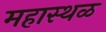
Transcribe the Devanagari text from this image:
महास्थळ